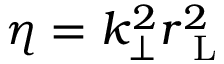
\eta = k _ { \perp } ^ { 2 } r _ { \mathrm { ~ L ~ } } ^ { 2 }